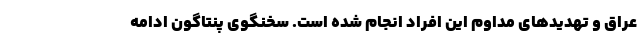
عراق و تهدیدهای مداوم این افراد انجام شده است. سخنگوی پنتاگون ادامه